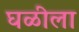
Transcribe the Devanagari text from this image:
घळीला